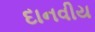
દાનવીય